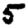
Digit: 5